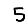
Digit: 5